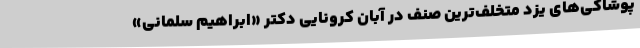
پوشاکی‌های یزد متخلف‌ترین صنف در آبان کرونایی دکتر «ابراهیم سلمانی»